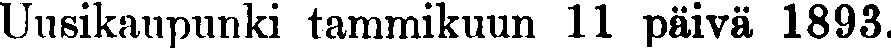
Uusikaupunki tammikuun 11 päivä 1893.